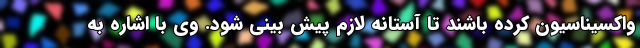
واکسیناسیون کرده باشند تا آستانه لازم پیش بینی شود. وی با اشاره به